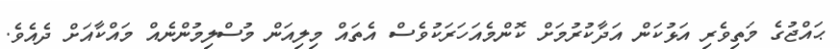
ޙައްޖުގެ މަތިވެރި އަޅުކަން އަދާކުރުމަށް ކޮންމެއަހަރަކުވެސް އެތައް މިލިއަން މުސްލިމުންނެއް މައްކާއަށް ދެއެވެ.